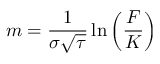
m = { \frac { 1 } { \sigma { \sqrt { \tau } } } } \ln \left( { \frac { F } { K } } \right)